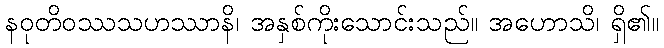
နဝုတိဝဿသဟဿာနိ၊ အနှစ်ကိုးသောင်းသည်။ အဟောသိ၊ ရှိ၏။